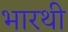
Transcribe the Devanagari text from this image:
भारथी